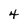
Character: 4